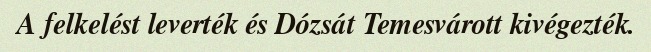
A felkelést leverték és Dózsát Temesvárott kivégezték.